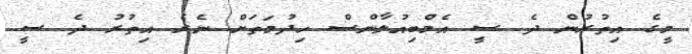
މީގެ އިތުރުން ދެ ސީ އެމްބިއުލާންސް ހިދުމަތަށް ނެރެ އިތުރު ދެ ސީ